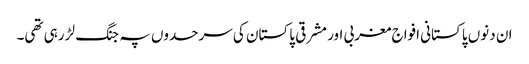
ان دنوں پاکستانی افواج مغربی اور مشرقی پاکستان کی سرحدوں پہ جنگ لڑ رہی تھی۔